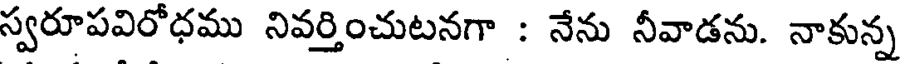
స్వరూపవిరోధము నివర్తించుటనగా : నేను నీవాడను. నాకున్న